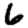
Digit: 6